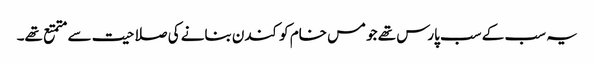
یہ سب کے سب پارس تھے جو مس خام کو کندن بنانے کی صلاحیت سے متمتع تھے۔